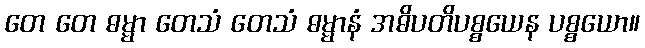
တေ တေ ဓမ္မာ တေသံ တေသံ ဓမ္မာနံ အဓိပတိပစ္စယေန ပစ္စယော။